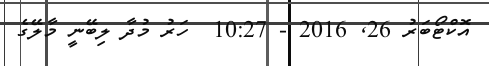
އޮކްޓޯބަރު 26